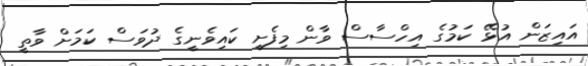
އައިޒަން އުޅޭ ކަމުގެ އިހްސާސް ވާން މިފެށީ ކައިވެނީގެ ދުވަސް ކަމަށް ވާތީ